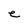
Character: e